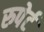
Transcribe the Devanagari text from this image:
रुपेर्ट